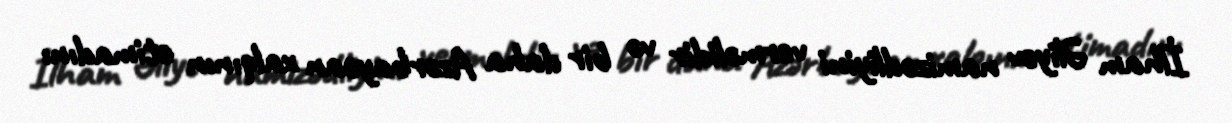
İlham Əliyev namizədliyini verməlidir və bir daha Azərbaycan xalqının etimadını